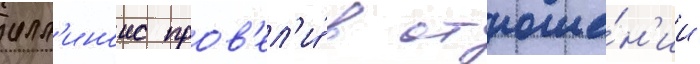
илл'иноис пров'ел'и́ в отноше́н'ии